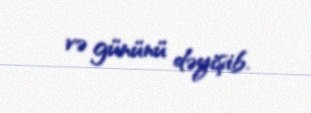
və gününü dəyişib.